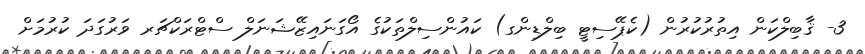
3- ޤާބިލްކަން އިތުރުކުރުން (ކެޕޭސިޓީ ބިލްޑިންގ) ކައުންސިލްތަކުގެ އޯގަނައިޒޭޝަނަލް ސްޓްރަކްޗަރ ވަރުގަދަ ކުރުމަށް